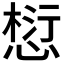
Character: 𪬓